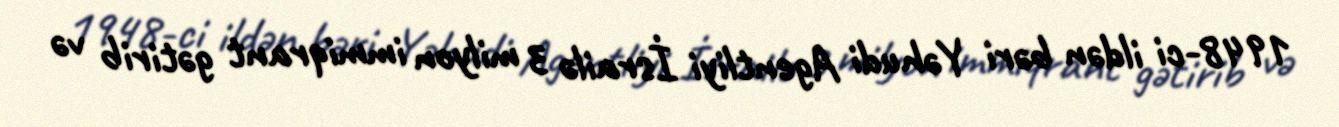
1948-ci ildən bəri Yəhudi Agentliyi İsrailə 3 milyon immiqrant gətirib və